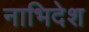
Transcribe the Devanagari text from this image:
नाभिदेश